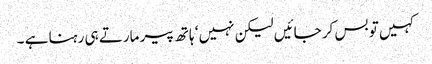
کہیں تو بس کر جائیں لیکن نہیں ‘ ہاتھ پیر مارتے ہی رہنا ہے ۔